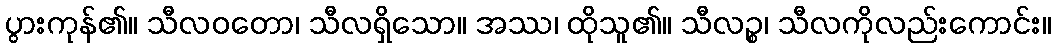
ပွားကုန်၏။ သီလဝတော၊ သီလရှိသော။ အဿ၊ ထိုသူ၏။ သီလဉ္စ၊ သီလကိုလည်းကောင်း။